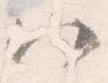
八